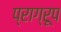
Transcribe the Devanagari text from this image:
प्राग्रूप